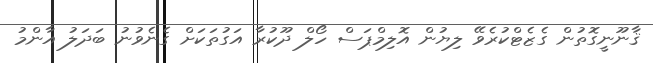
ޤާނޫނީގޮތުން ގެޒެޓްކުރެވޭ ލިޔުން އޮލިމްޕަސް ހޯލް ދޫކުރާ އަގުތަކަށް ގެނެވުނު ބަދަލު އާންމު